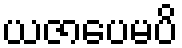
ယဇာပေမပိ